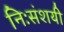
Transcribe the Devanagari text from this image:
निःसंशयी